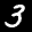
Label: 3